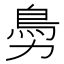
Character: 𩾜